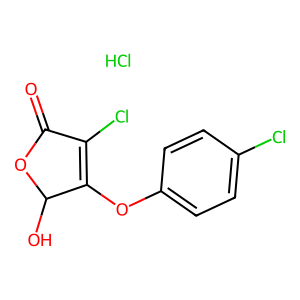
SMILES: Cl.O=C1OC(O)C(Oc2ccc(Cl)cc2)=C1Cl
Inhibits HIV replication: No